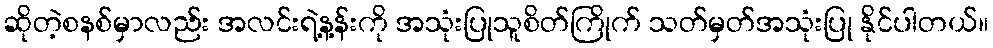
ဆိုတဲ့စနစ်မှာလည်း အလင်းရဲ့န့န်းကို အသုံးပြုသူစိတ်ကြိုက် သတ်မှတ်အသုံးပြု နိုင်ပါတယ်။